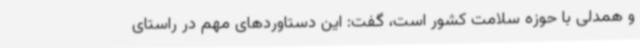
و همدلی با حوزه سلامت کشور است، گفت: این دستاوردهای مهم در راستای